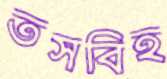
তসবিহ